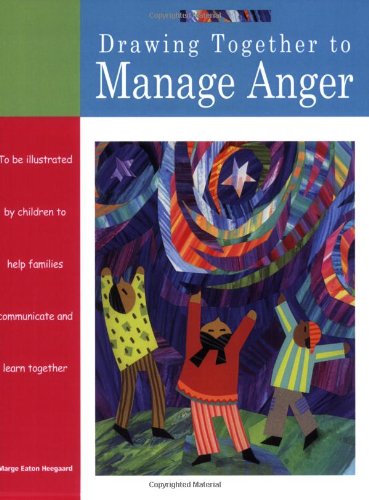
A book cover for Drawing Together to Manage Anger; Marge Eaton Heegaard; Self-Help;